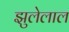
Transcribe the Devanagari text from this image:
झुलेलाल